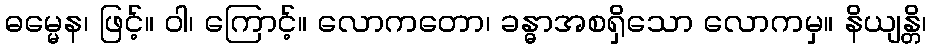
ဓမ္မေန၊ ဖြင့်။ ဝါ၊ ကြောင့်။ လောကတော၊ ခန္ဓာအစရှိသော လောကမှ။ နိယျန္တိ၊